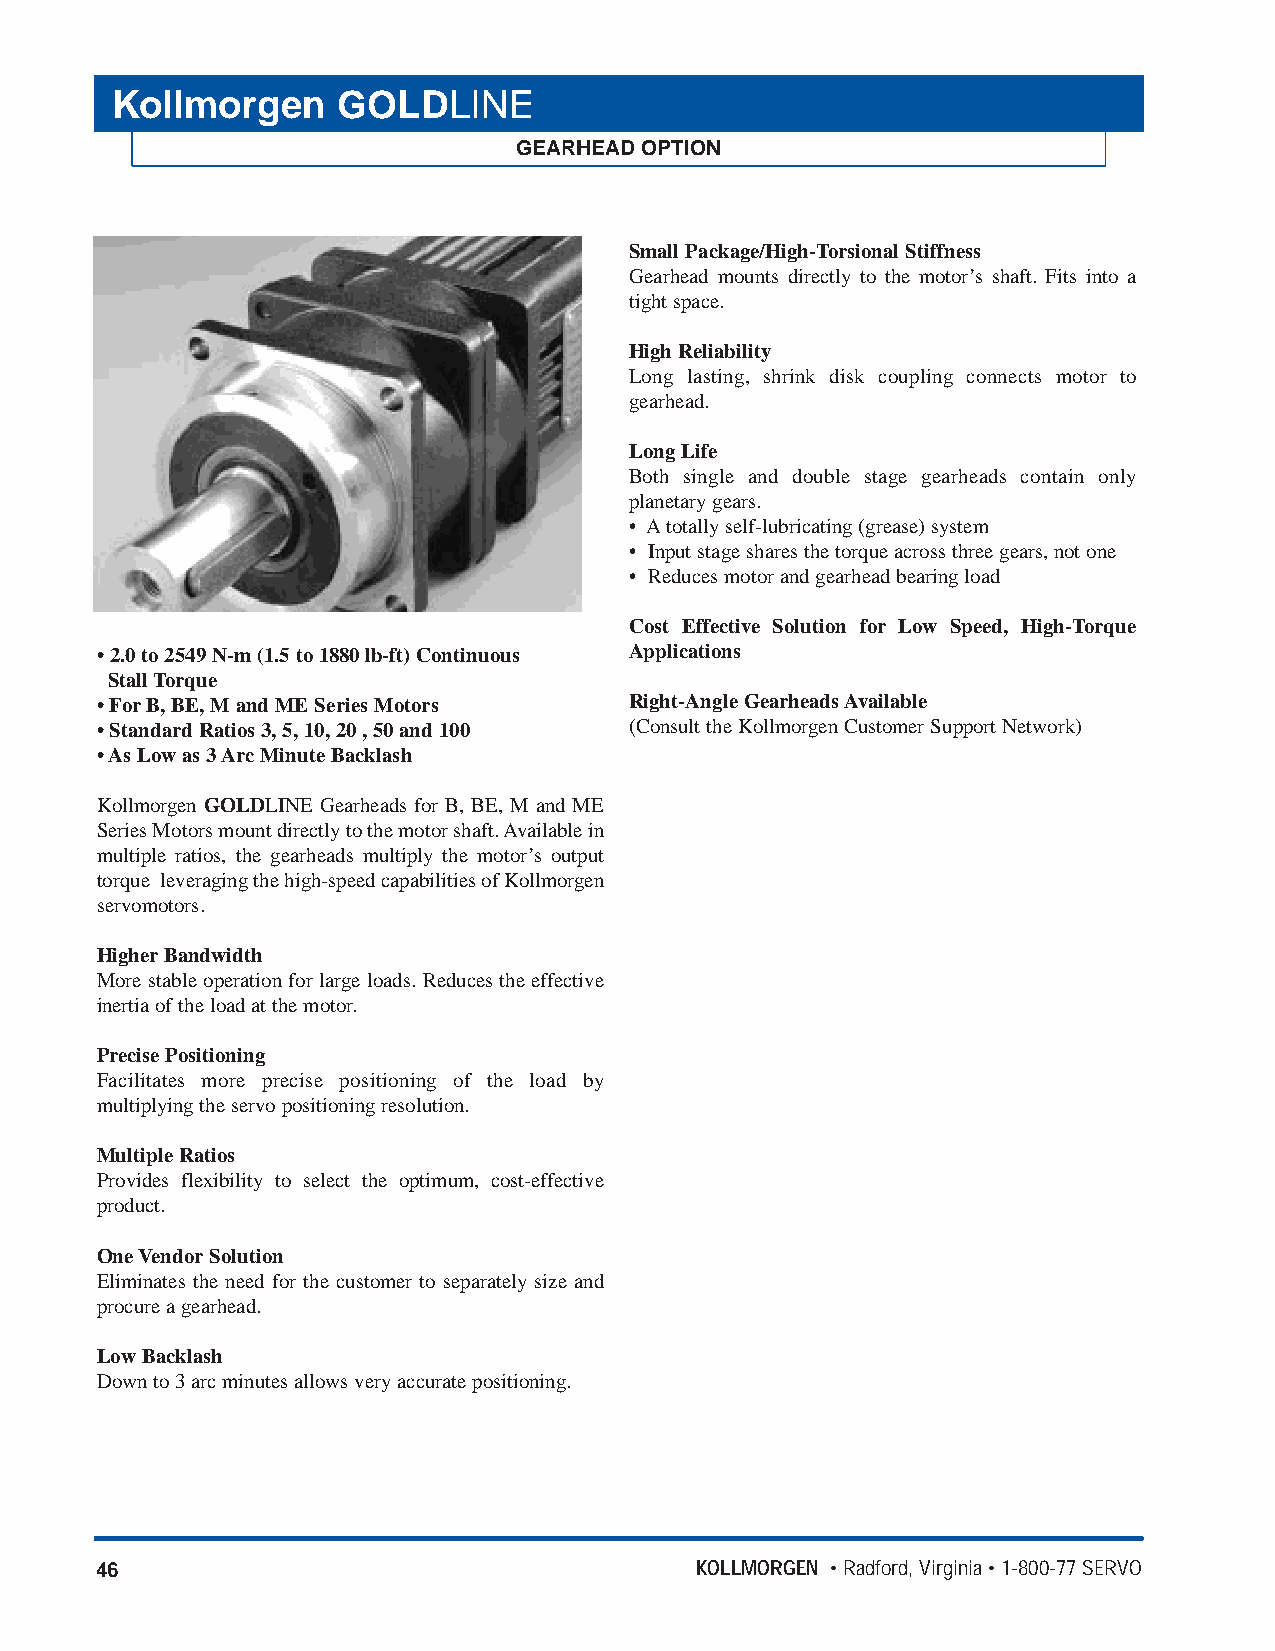
Kollmorgen     GOLDLINE
 GEARHEAD OPTION
 Small Package/High-Torsional Stiffness
 Gearhead mounts directly to the motor’s shaft. Fits into a
 tight space.
 High Reliability
 Long lasting, shrink disk coupling connects motor to
 gearhead.
 Long Life
 Both single and double stage gearheads contain only
 planetary gears.
 • Atotally self-lubricating (grease) system
 • Input stage shares the torque across three gears, not one
 • Reduces motor and gearhead bearing load
 Cost Effective Solution for Low Speed, High-Torque
 • 2.0 to 2549 N-m (1.5 to 1880 lb-ft) Continuous Applications
 Stall Torque
 • ForB, BE, M and ME Series Motors  Right-Angle Gearheads Available
 • Standard Ratios 3, 5, 10, 20 , 50 and 100 (Consult the Kollmorgen Customer Support Network)
 • As Low as 3 Arc Minute Backlash
 Kollmorgen GOLDLINE Gearheads for B, BE, M and ME
 Series Motors mount directly to the motor shaft. Available in
 multiple ratios, the gearheads multiply the motor’s output
 torque leveraging the high-speed capabilities of Kollmorgen
 servomotors.
 HigherBandwidth
 More stable operation for large loads. Reduces the effective
 inertia of the load at the motor.
 Precise Positioning
 Facilitates more precise positioning of the load by
 multiplying the servo positioning resolution.
 Multiple Ratios
 Provides flexibility to select the optimum, cost-effective
 product.
 One VendorSolution
 Eliminates the need for the customer to separately size and
 procure a gearhead.
 Low Backlash
 Down to 3 arc minutes allows very accurate positioning.
 46                                      KOLLMORGEN • Radford, Virginia • 1-800-77 SERVO